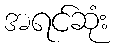
အရင်ဆုံး